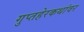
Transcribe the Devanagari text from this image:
गुप्तहेरकथांवर